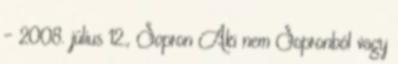
- 2008. július 12., Sopron Aki nem Sopronból vagy